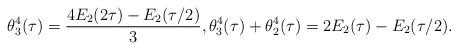
LaTeX: \begin{gather*}\theta_3^4(\tau)=\frac{4E_2(2\tau)-E_2(\tau/2)}{3},\theta_3^4(\tau)+\theta_2^4(\tau)=2 E_2(\tau)-E_2(\tau/2).\end{gather*}